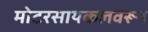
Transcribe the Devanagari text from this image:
मोटरसायकलवरून